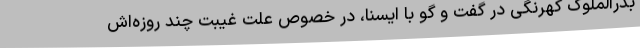
بدرالملوک کهرنگی در گفت و گو با ایسنا، در خصوص علت غیبت چند روزه‌اش